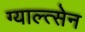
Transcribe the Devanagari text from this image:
ग्याल्त्सेन